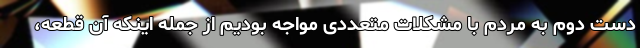
دست دوم به مردم با مشکلات متعددی مواجه بودیم از جمله اینکه آن قطعه،